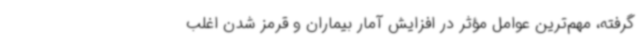
گرفته، مهم‌ترین عوامل مؤثر در افزایش آمار بیماران و قرمز شدن اغلب